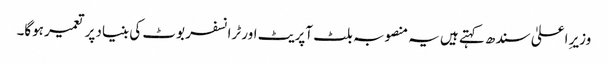
وزیرِ اعلیٰ سندھ کہتے ہیں یہ منصوبہ بلٹ آپریٹ اور ٹرانسفر بوٹ کی بنیاد پر تعمیر ہوگا۔